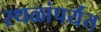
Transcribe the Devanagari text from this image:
स्थळांपर्यंत